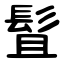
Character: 䯶